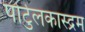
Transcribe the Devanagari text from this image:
पोर्टुलकास्द्रम